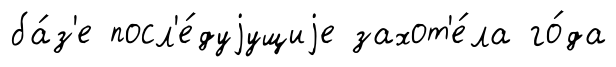
ба́з'е посл'е́дуjущиjе захот'е́ла го́да